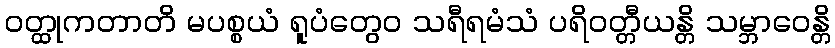
ဝတ္ထုကတာတိ မပစ္စယံ ရူပံတွေဝ သရီရမံသံ ပရိဝတ္တီယန္တိ သမ္ဘာဝေန္တိ